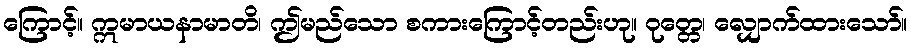
ကြောင့်။ ဣမာယနာမာတိ၊ ဤမည်သော စကားကြောင့်တည်းဟု။ ဝုတ္တေ၊ လျှောက်ထားသော်။